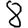
Digit: 8